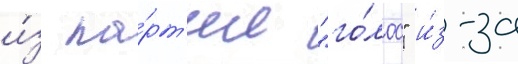
и́з па́рт'ии "го́лос" и́з-за